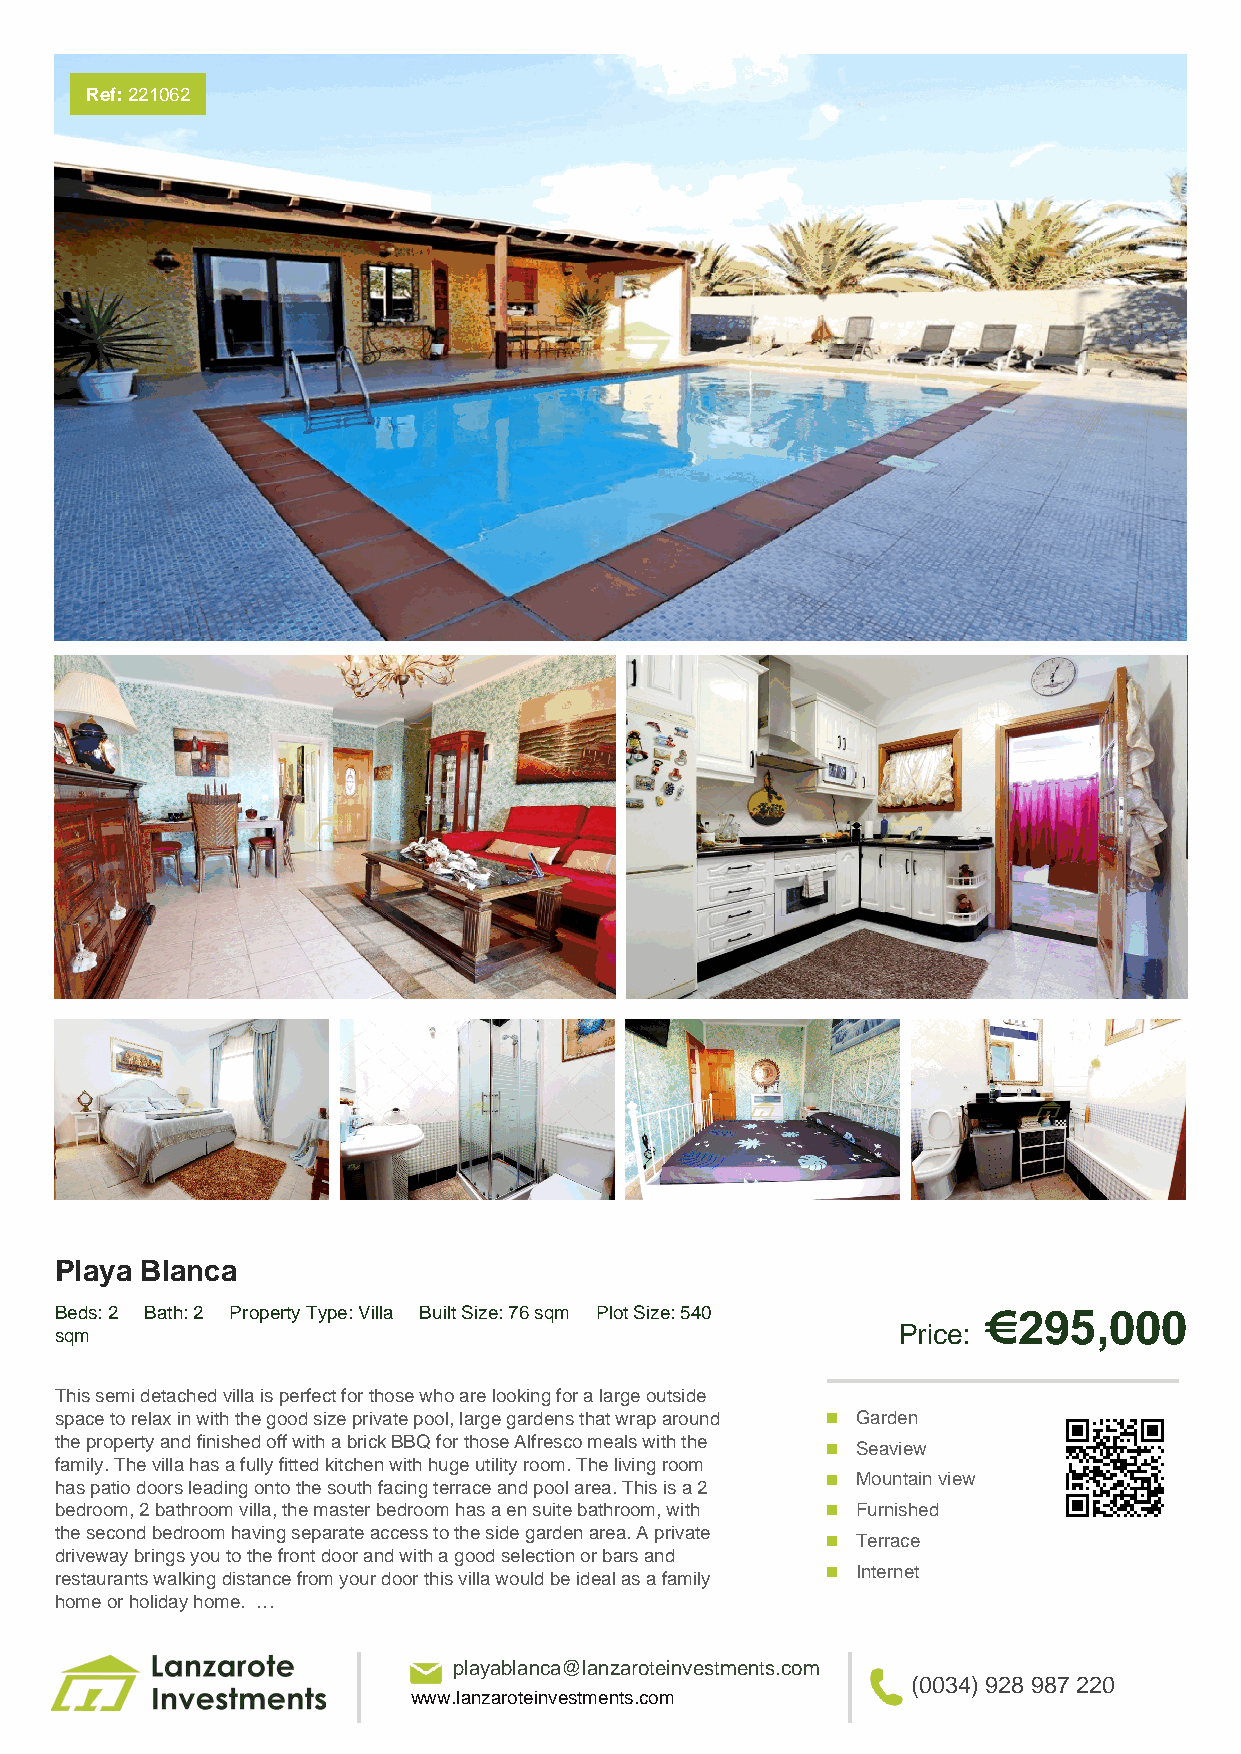
Ref: 221062
 Playa Blanca
 Beds: 2 Bath: 2 Property Type: Villa Built Size: 76 sqm Plot Size: 540 €295,000
 sqm                                                    Price:
 This semi detached villa is perfect for those who are looking for a large outside
 space to relax in with the good size private pool, large gardens that wrap around Garden
 the property and finished off with a brick BBQ for those Alfresco meals with the
 Seaview
 family. The villa has a fully fitted kitchen with huge utility room. The living room
 Mountain view
 has patio doors leading onto the south facing terrace and pool area. This is a 2
 bedroom, 2 bathroom villa, the master bedroom has a en suite bathroom, with Furnished
 the second bedroom having separate access to the side garden area. A private
 Terrace
 driveway brings you to the front door and with a good selection or bars and
 Internet
 restaurants walking distance from your door this villa would be ideal as a family
 home or holiday home. …
 playablanca@lanzaroteinvestments.com
 (0034) 928 987 220
 www.lanzaroteinvestments.com